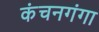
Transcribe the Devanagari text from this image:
कंचनगंगा